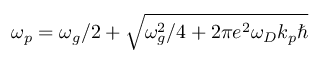
\omega _ { p } = \omega _ { g } / 2 + \sqrt { \omega _ { g } ^ { 2 } / 4 + 2 \pi e ^ { 2 } \omega _ { D } k _ { p } \hbar }